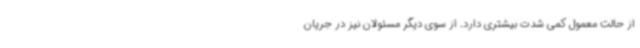
از حالت معمول کمی شدت بیشتری دارد. از سوی دیگر مسئولان نیز در جریان